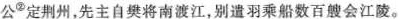
公^②定荆州，先主自樊将南渡江，别遣羽乘船数百艘会江陵。